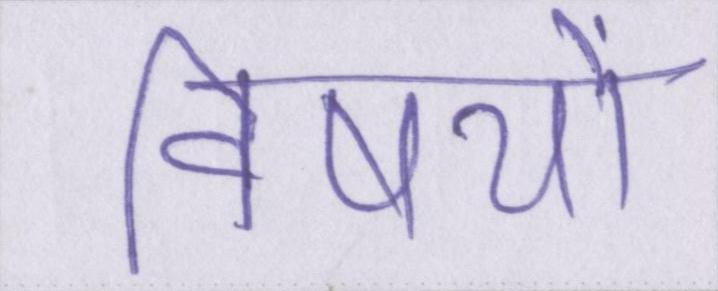
विषयों